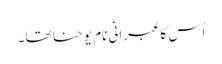
اُس کا عبرانی نام یوحنا تھا۔